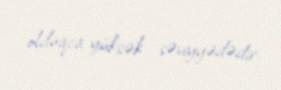
olduqca yüksək səviyyədədir.